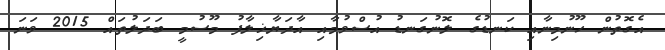
އެގޮތުން ހޫނުމިނާއި ކަނޑުގެ ލޮނުގަނޑު އުސްވުމާއި އާދަޔާޚިލާފު މޫސުމީ ބަދަލުތައް 2015 ވަނަ